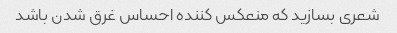
شعری بسازید که منعکس کننده احساس غرق شدن باشد